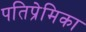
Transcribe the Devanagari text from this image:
पतिप्रेमिका